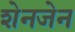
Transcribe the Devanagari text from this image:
शेनजेन